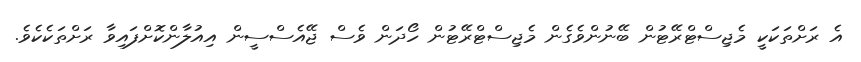
އެ ރަށްތަކަކީ މެޖިސްޓްރޭޓުން ބޭނުންވެގެން މެޖިސްޓްރޭޓުން ހޯދަން ވެސް ޖޭއެސްސީން އިއުލާންކޮށްފައިވާ ރަށްތަކެކެވެ.